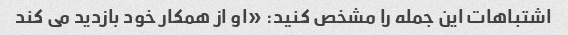
اشتباهات این جمله را مشخص کنید: «او از همکار خود بازدید می کند